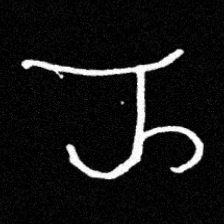
Pyu character \u2014 Myanmar letter: ည (romanized: nya)